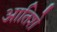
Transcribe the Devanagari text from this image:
आतिशे